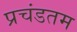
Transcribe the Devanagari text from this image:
प्रचंडतम